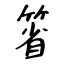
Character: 箵